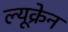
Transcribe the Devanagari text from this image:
ल्यूक्रेन